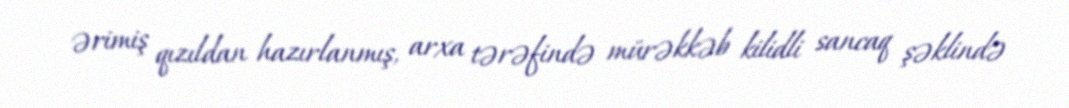
ərimiş qızıldan hazırlanmış, arxa tərəfində mürəkkəb kilidli sancaq şəklində